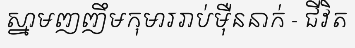
ស្នាមញញឹមកុមាររាប់ម៉ឺននាក់ - ជីវិត